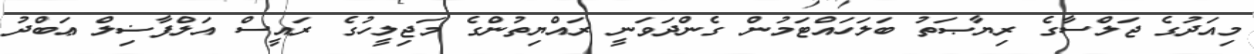
މިއަދުގެ ޖަލްސާގެ ރިޔާޞަތު ބަލަހައްޓަމުން ގެންދަވަނީ ރައްޔިތުންގެ މަޖިލީހުގެ ރައީސް އަލްފާޟިލް ޢަބްދު